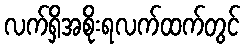
လက်ရှိအစိုးရလက်ထက်တွင်